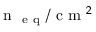
\mathrm { ~ n ~ } _ { \mathrm { ~ e ~ q ~ } } / \mathrm { ~ c ~ m ~ } ^ { 2 }